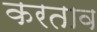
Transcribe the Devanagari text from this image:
करताव